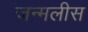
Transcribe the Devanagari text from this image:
जन्मलीस